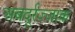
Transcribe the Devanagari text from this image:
अबदूर्रज़्ज़ाक़